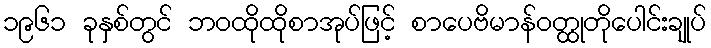
၁၉၆၁ ခုနှစ်တွင် ဘဝထိုထိုစာအုပ်ဖြင့် စာပေဗိမာန်ဝတ္ထုတိုပေါင်းချုပ်